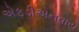
એફડીએનવાય